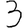
Digit: 3